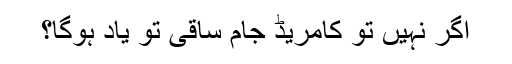
اگر نہیں تو کامریڈ جام ساقی تو یاد ہوگا؟